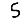
Digit: 5